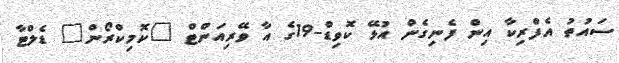
ސައުތު އެފްރިކާ އިން ފެނިގެން އުޅޭ ކޮވިޑް-19ގެ އާ ވޭރިއަންޓް "ކޮމިކްރޯން" ޑެލްޓާ